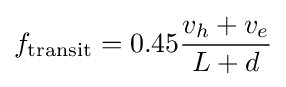
f_{\text{transit}}=0.45{\frac {v_{h}+v_{e}}{L+d}}